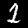
Label: 1